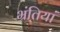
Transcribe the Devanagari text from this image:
भ्रंतियां